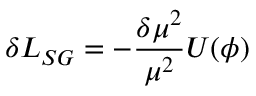
\delta { \cal { L } } _ { S G } = - \frac { \delta \mu ^ { 2 } } { \mu ^ { 2 } } U ( \phi )